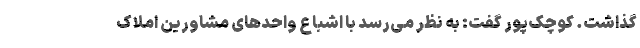
گذاشت. کوچک‌پور گفت: به نظر می‌رسد با اشباع واحد‌های مشاورین املاک